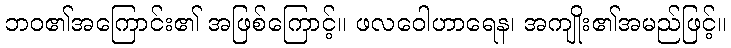
ဘဝ၏အကြောင်း၏ အဖြစ်ကြောင့်။ ဖလဝေါဟာရေန၊ အကျိုး၏အမည်ဖြင့်။